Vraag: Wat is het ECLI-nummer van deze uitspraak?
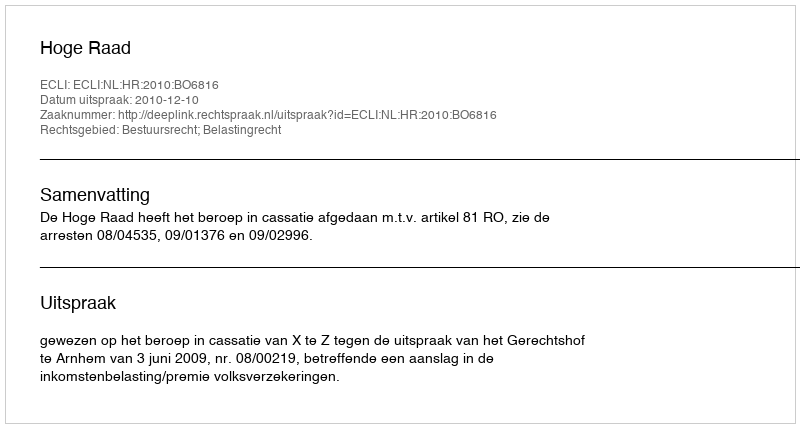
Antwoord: ECLI:NL:HR:2010:BO6816